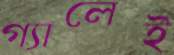
গ্যালেই